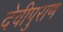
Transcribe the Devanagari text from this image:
देवीपुराण